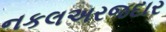
નકલઅરજદાર